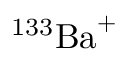
^ { 1 3 3 } \mathrm { B a } ^ { + }